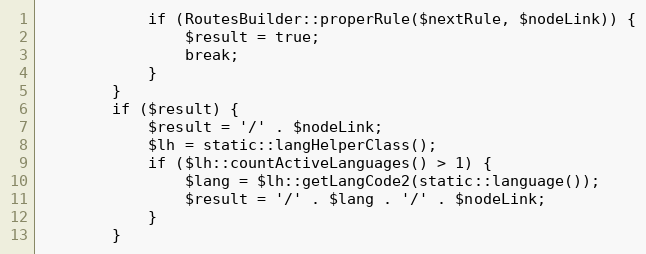
Language: PHP
            if (RoutesBuilder::properRule($nextRule, $nodeLink)) {
                $result = true;
                break;
            }
        }
        if ($result) {
            $result = '/' . $nodeLink;
            $lh = static::langHelperClass();
            if ($lh::countActiveLanguages() > 1) {
                $lang = $lh::getLangCode2(static::language());
                $result = '/' . $lang . '/' . $nodeLink;
            }
        }